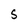
Character: S